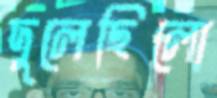
দুলেছিলো